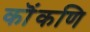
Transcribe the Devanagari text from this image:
कॊंकणि